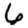
Digit: 6